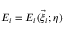
E _ { i } = E _ { i } ( \vec { \xi } _ { i } ; \boldsymbol { \eta } )